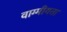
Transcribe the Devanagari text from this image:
वाग्मीयता